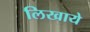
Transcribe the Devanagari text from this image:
लिखाये